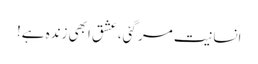
انسانیت مر گئی، عشق ابھی زندہ ہے!